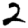
Digit: 2